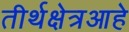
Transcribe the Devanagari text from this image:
तीर्थक्षेत्रआहे